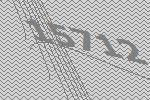
15712